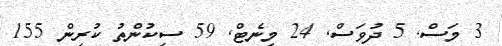
3 މަސް